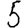
Digit: 5